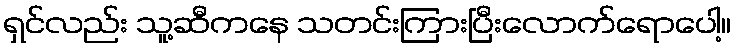
ရှင်လည်း သူ့ဆီကနေ သတင်းကြားပြီးလောက်ရောပေါ့။